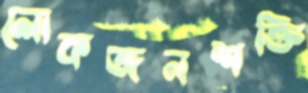
লোকজনশক্তি